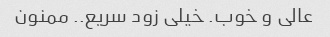
عالی و خوب. خیلی زود سریع.. ممنون